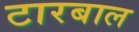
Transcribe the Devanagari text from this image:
टारबाल